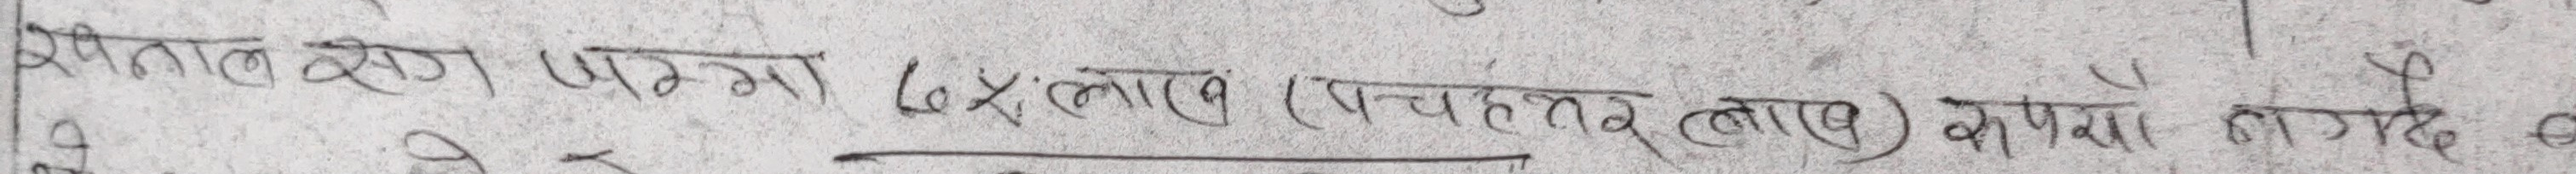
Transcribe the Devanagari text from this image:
रुपैयाँ जम्मा 68 लाख (सत्तहत्तर लाख) रुपैयाँ नगदै छे ।